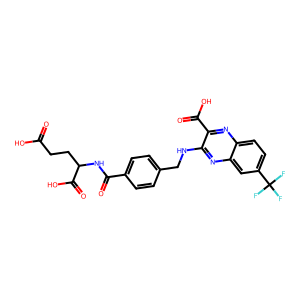
SMILES: O=C(O)CCC(NC(=O)c1ccc(CNc2nc3cc(C(F)(F)F)ccc3nc2C(=O)O)cc1)C(=O)O
Inhibits HIV replication: No